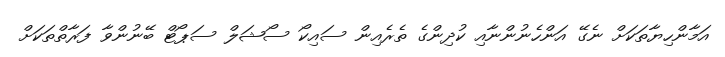
އަމާންހިޔާތަކަށް ނެގޭ އަންހެނުންނާއި ކުދިންގެ ތެރެއިން ސައިކޯ ސޯޝަލް ސަޕޯޓް ބޭނުންވާ ފަރާތްތަކަށް